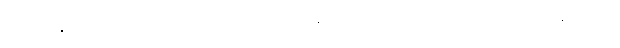
လ။ ပဝဍ္ဎတီတိ၊ ဟူ၍လည်းကောင်း။ ကုသလဿ၊ လ။ ဥပစိတတ္တာတိ၊ ဟူ၍လည်းကောင်း။